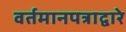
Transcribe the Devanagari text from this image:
वर्तमानपत्राद्वारे